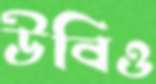
উবিও